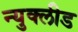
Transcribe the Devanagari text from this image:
न्युक्लीड